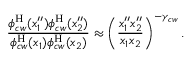
\frac { \phi _ { c w } ^ { \mathrm { H } } ( x _ { 1 } ^ { \prime \prime } ) \phi _ { c w } ^ { \mathrm { H } } ( x _ { 2 } ^ { \prime \prime } ) } { \phi _ { c w } ^ { \mathrm { H } } ( x _ { 1 } ) \phi _ { c w } ^ { \mathrm { H } } ( x _ { 2 } ) } \approx \left( \frac { x _ { 1 } ^ { \prime \prime } x _ { 2 } ^ { \prime \prime } } { x _ { 1 } x _ { 2 } } \right) ^ { - \gamma _ { c w } } .